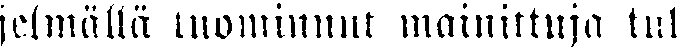
jelmällä tuominnut mainittuja tul